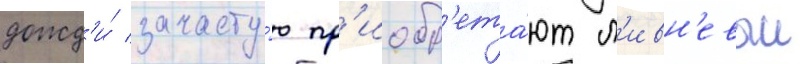
дожд'и́ зачасту́ю пр'иобр'ета́ют л'ивн'евыи